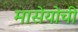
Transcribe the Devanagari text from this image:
मासेयोची